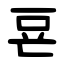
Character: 䜳